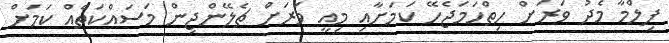
ފިލްމާ މެދު ވަރަށް ހިތްހަމަޖެހޭ ކަމަށާއި މިއީ ވަރަށް ޗެލޭންޖިން މަސައްކަތެއް ކަމަށް